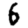
Digit: 6